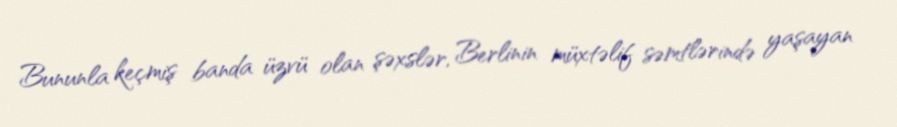
Bununla keçmiş banda üzvü olan şəxslər, Berlinin müxtəlif səmtlərində yaşayan